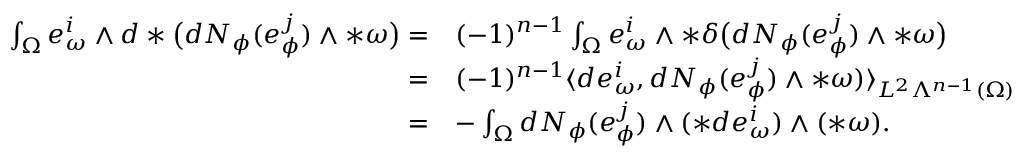
\begin{array} { r l } { \int _ { \Omega } e _ { \omega } ^ { i } \wedge d \ast \big ( d N _ { \phi } ( e _ { \phi } ^ { j } ) \wedge \ast \omega \big ) = } & { ( - 1 ) ^ { n - 1 } \int _ { \Omega } e _ { \omega } ^ { i } \wedge \ast \delta \big ( d N _ { \phi } ( e _ { \phi } ^ { j } ) \wedge \ast \omega \big ) } \\ { = } & { ( - 1 ) ^ { n - 1 } \langle d e _ { \omega } ^ { i } , d N _ { \phi } ( e _ { \phi } ^ { j } ) \wedge \ast \omega ) \rangle _ { L ^ { 2 } \Lambda ^ { n - 1 } ( \Omega ) } } \\ { = } & { - \int _ { \Omega } d N _ { \phi } ( e _ { \phi } ^ { j } ) \wedge ( \ast d e _ { \omega } ^ { i } ) \wedge ( \ast \omega ) . } \end{array}